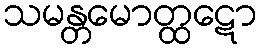
သမန္တမောတ္ထဋော